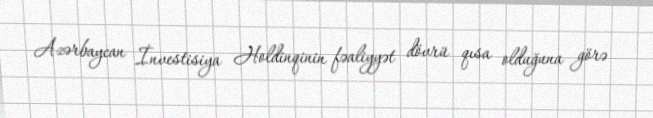
Azərbaycan İnvestisiya Holdinqinin fəaliyyət dövrü qısa olduğuna görə